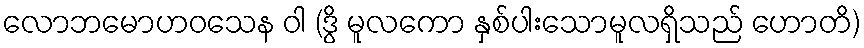
လောဘမောဟဝသေန ဝါ (ဒွိ မူလကော နှစ်ပါးသောမူလရှိသည် ဟောတိ)